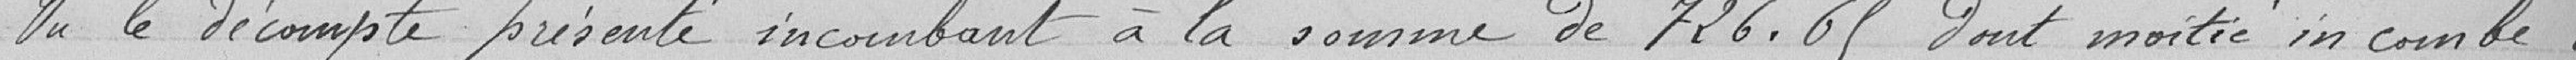
Vu le décompte présenté incombant à la somme de 726,69 dont moitié incombe à